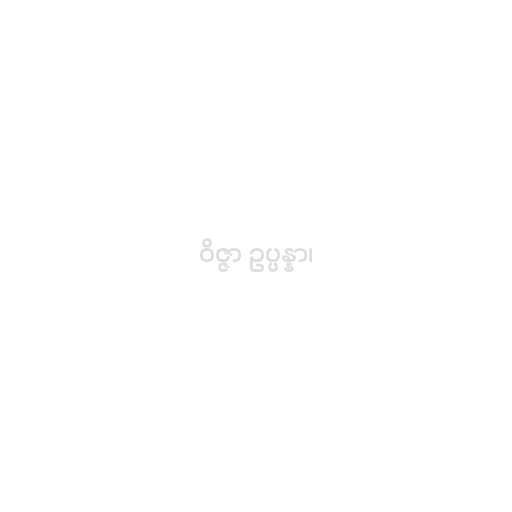
ဝိဇ္ဇာ ဥပ္ပန္နာ၊